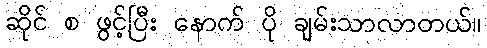
ဆိုင် စ ဖွင့်ပြီး နောက် ပို ချမ်းသာလာတယ်။